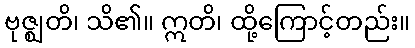
ဗုဇ္ဈတိ၊ သိ၏။ ဣတိ၊ ထို့ကြောင့်တည်း။